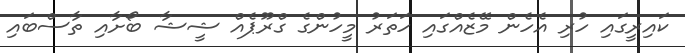
ކައިރީގައި ހުރި އެހެން މޭޒެއްގައި ހަތަރު މީހުންގެ ގްރޫޕެއް ޝީޝާ ބޯށާއި ތާސްބައި